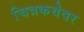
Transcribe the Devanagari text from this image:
चित्रकथेवर